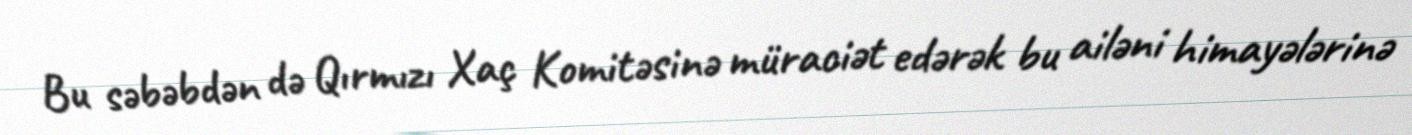
Bu səbəbdən də Qırmızı Xaç Komitəsinə müraciət edərək bu ailəni himayələrinə